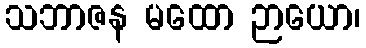
သဘာဇန မထော ဉာယော၊